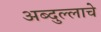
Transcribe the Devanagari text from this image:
अब्दुल्लाचे